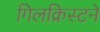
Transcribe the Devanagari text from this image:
गिलक्रिस्टने